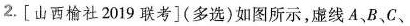
2.[山西榆社2019联考](多选)如图所示，虚线A、B、C、